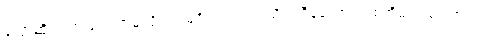
ပြောဆိုကြတယ်၊ ဘာမှလိုတာ မရှိပါဘူး၊ ဣသိဒါသီနဲ့တော့ တစ်အိမ်တည်း အတူ